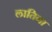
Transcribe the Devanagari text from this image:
लातिना